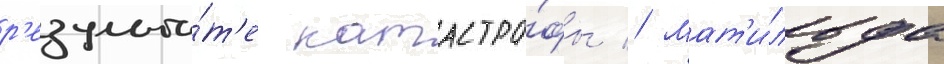
р'езульта́т'е катастро́фы // Мат'и́льда